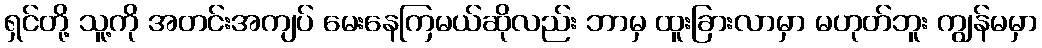
ရှင်တို့ သူ့ကို အတင်းအကျပ် မေးနေကြမယ်ဆိုလည်း ဘာမှ ထူးခြားလာမှာ မဟုတ်ဘူး ကျွန်မမှာ